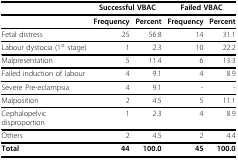
<table><thead><tr><td></td><td colspan="2"><b>Successful VBAC</b></td><td colspan="2"><b>Failed VBAC</b></td></tr></thead><tbody><tr><td></td><td><b>Frequency</b></td><td><b>Percent</b></td><td><b>Frequency</b></td><td><b>Percent</b></td></tr><tr><td>Fetal distress</td><td>25</td><td>56.8</td><td>14</td><td>31.1</td></tr><tr><td>Labour dystocia (1<sup>st </sup>stage)</td><td>1</td><td>2.3</td><td>10</td><td>22.2</td></tr><tr><td>Malpresentation</td><td>5</td><td>11.4</td><td>6</td><td>13.3</td></tr><tr><td>Failed induction of labour</td><td>4</td><td>9.1</td><td>4</td><td>8.9</td></tr><tr><td>Severe Pre-eclampsia</td><td>4</td><td>9.1</td><td>-</td><td>-</td></tr><tr><td>Malposition</td><td>2</td><td>4.5</td><td>5</td><td>11.1</td></tr><tr><td>Cephalopelvic disproportion</td><td>1</td><td>2.3</td><td>4</td><td>8.9</td></tr><tr><td>Others</td><td>2</td><td>4.5</td><td>2</td><td>4.4</td></tr><tr><td><b>Total</b></td><td><b>44</b></td><td><b>100.0</b></td><td><b>45</b></td><td><b>100.0</b></td></tr></tbody></table>